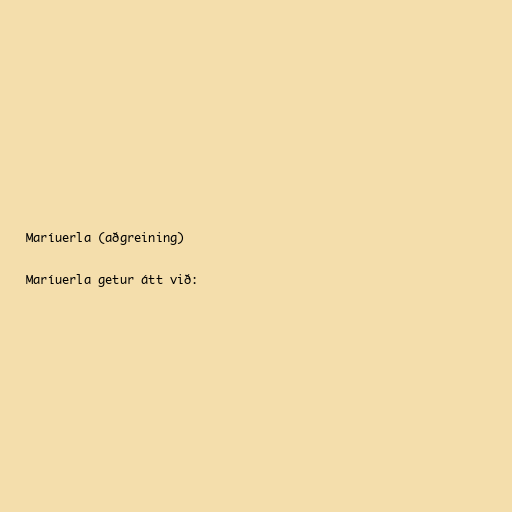
Maríuerla (aðgreining)

Maríuerla getur átt við: